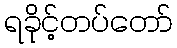
ရခိုင့်တပ်တော်